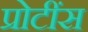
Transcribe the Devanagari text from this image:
प्रोटींस